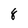
Character: 8